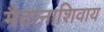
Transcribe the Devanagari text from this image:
मैदानाशिवाय